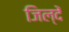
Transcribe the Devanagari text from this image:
जिल्दें